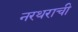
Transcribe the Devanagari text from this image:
नरथराची